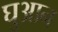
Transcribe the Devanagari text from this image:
घुआन